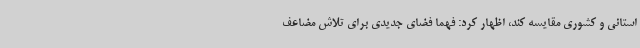
استانی و کشوری مقایسه کند، اظهار کرد: فهما فضای جدیدی برای تلاش مضاعف